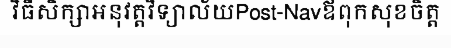
វិធីសិក្សាអនុវត្តវិទ្យាល័យPost-Navឪពុកសុខចិត្ត